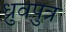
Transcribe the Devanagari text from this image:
ध्रुवपुत्र